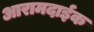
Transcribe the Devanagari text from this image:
आरामदाईक